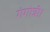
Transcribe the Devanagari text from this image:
गंगोत्री।